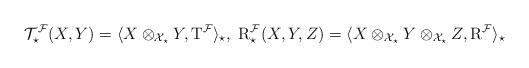
LaTeX: \begin{align*} \mathcal{T}^\mathcal{F}_\star(X,Y)=\langle X\otimes_{\mathcal{X}_\star}Y,\mathrm{T}^\mathcal{F}\rangle_\star,~ \mathrm{R}^\mathcal{F}_\star(X,Y,Z)=\langle X\otimes_{\mathcal{X}_\star}Y\otimes_{\mathcal{X}_\star}Z, \mathrm{R}^\mathcal{F}\rangle_\star\end{align*}